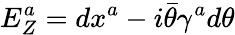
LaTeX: E_{Z}^{a}=dx^{a}-i\bar{\theta}\gamma^{a}d\theta